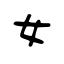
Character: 女